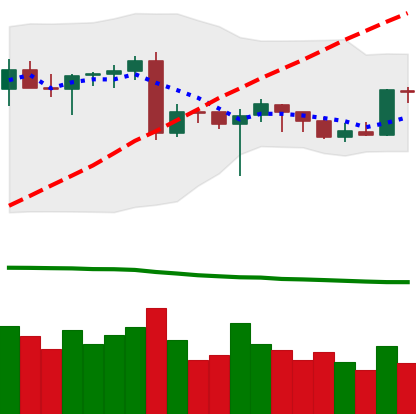
Ticker: BTC-USD
Chart end date: 2020-06-23
Forward return: -5.048%
Label: down_5_7